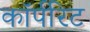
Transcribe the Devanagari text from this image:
कॉर्परिट